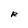
Character: R